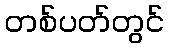
တစ်ပတ်တွင်